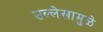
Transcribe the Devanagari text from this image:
उल्लेखामुळे